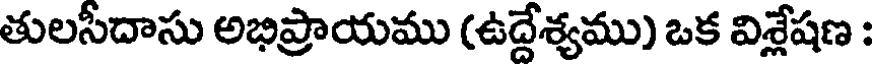
తులసీదాసు అభిప్రాయము (ఉద్దేశ్యము) ఒక విశ్లేషణ :